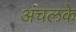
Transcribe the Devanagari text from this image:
अंचलके